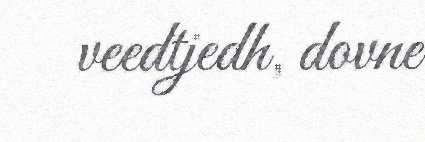
veedtjedh, dovne